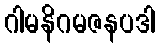
ဂါမနိဂမဇနပဒါ